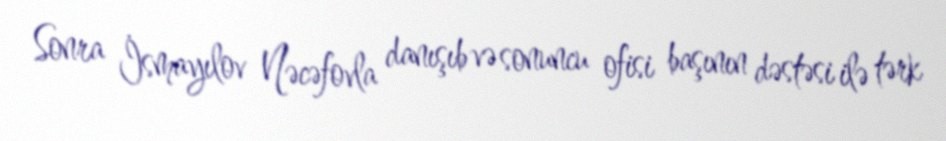
Sonra İsmayılov Nəcəfovla danışıb və sonuncu ofisi başının dəstəsi ilə tərk